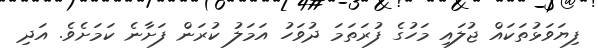
ފިޔަވަޅުތަކައް ޖުލައި މަހުގެ ފުރަތަމަ ދުވަހު އަމަލު ކުރަން ފަށާނެ ކަމަށެވެ. އަދި